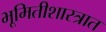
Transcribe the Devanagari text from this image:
भूमितीशास्त्रात